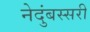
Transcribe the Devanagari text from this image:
नेदुंबस्सरी